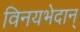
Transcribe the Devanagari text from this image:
विनयभेदान्